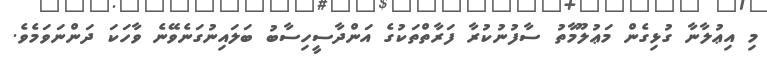
މި އިޢުލާނާ ގުޅިގެން މަޢުލޫމާތު ސާފުނުކުރާ ފަރާތްތަކުގެ އަންދާސީހިސާބު ބަލައިނުގަނެވޭނެ ވާހަކަ ދަންނަވަމެވެ.